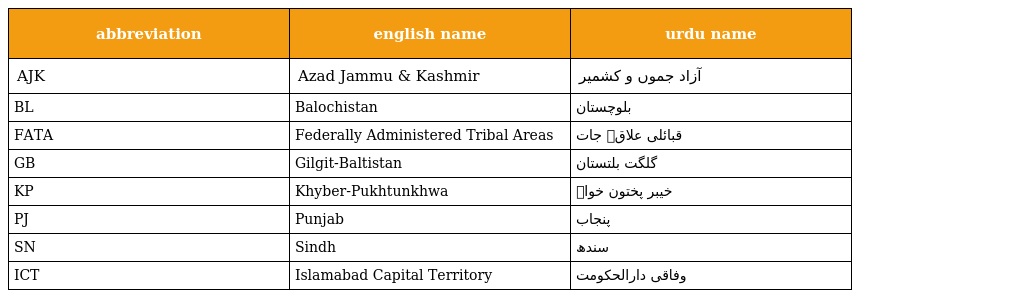
| abbreviation | english name | urdu name |
 | --- | --- | --- |
 | AJK | Azad Jammu & Kashmir | آزاد جموں و کشمیر |
 | BL | Balochistan | بلوچستان |
 | FATA | Federally Administered Tribal Areas | قبائلی علاقہ جات |
 | GB | Gilgit-Baltistan | گلگت بلتستان |
 | KP | Khyber-Pukhtunkhwa | خیبر پختون خواہ |
 | PJ | Punjab | پنجاب |
 | SN | Sindh | سندھ |
 | ICT | Islamabad Capital Territory | وفاقی دارالحکومت |